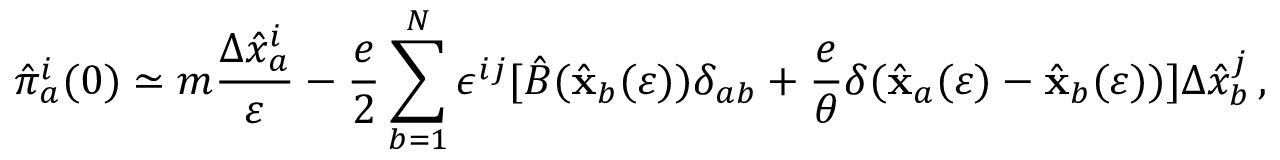
{ \hat { \pi } } _ { a } ^ { i } ( 0 ) \simeq m { \frac { \Delta { \hat { x } } _ { a } ^ { i } } { \varepsilon } } - { \frac { e } { 2 } } \sum _ { b = 1 } ^ { N } \epsilon ^ { i j } [ { \hat { B } } ( { \hat { \bf x } } _ { b } ( \varepsilon ) ) \delta _ { a b } + { \frac { e } { \theta } } \delta ( { \hat { \bf x } } _ { a } ( \varepsilon ) - { \hat { \bf x } } _ { b } ( \varepsilon ) ) ] \Delta { \hat { x } } _ { b } ^ { j } \, ,